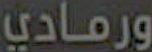
ورمادي